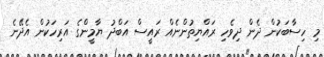
މި ހިސާބަކުން ދެން ދިވެހި ރައްޔިތުންނެއް ރައީސް އަބްދު ޔާމީންގެ އަރިހަކުން އެދޭނެ